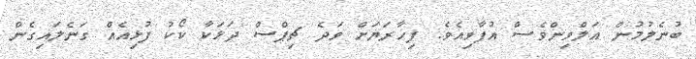
ބުނެލުމުން އަލްވިންވެސް އުފާވިއެވެ. ފިހާރަޔަށް ވަދެ ޗިޕްސް ދަޅަކާ ކޯކު ފުޅިއެއް ގަނެލައިގެން